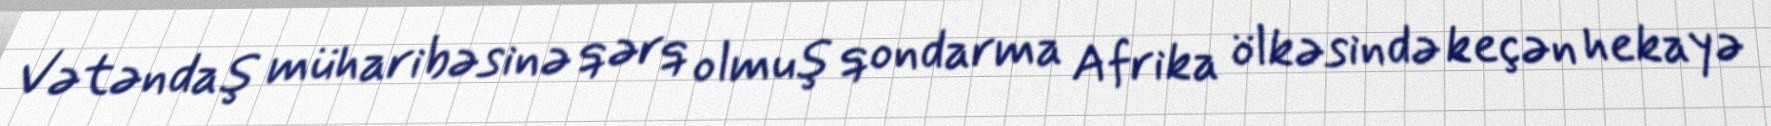
Vətəndaş müharibəsinə qərq olmuş qondarma Afrika ölkəsində keçən hekayə